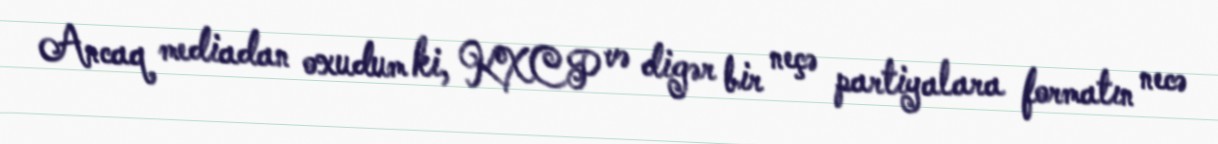
Ancaq mediadan oxudum ki, KXCP və digər bir neçə partiyalara formatın necə